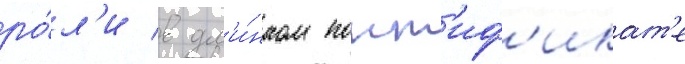
ро́л'и в дл'и́нном понт'иф'икат'е